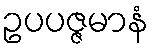
ဥပပဇ္ဇမာနံ